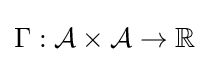
\Gamma :{\mathcal {A}}\times {\mathcal {A}}\to \mathbb {R}